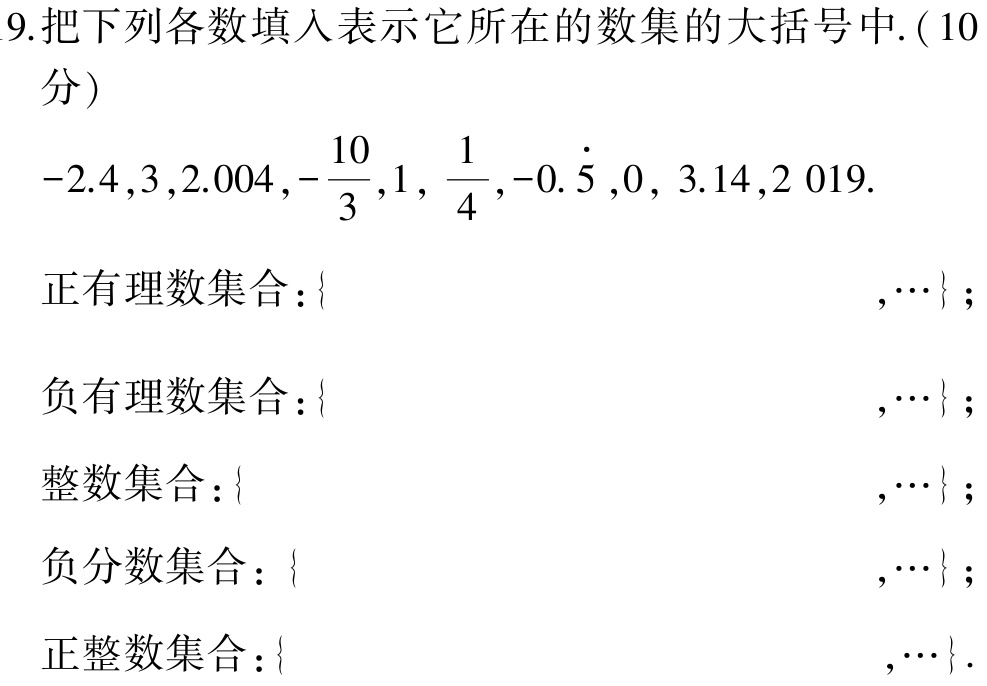
9.把下列各数填入表示它所在的数集的大括号中. ($10$分)

$-2.4,3,2.004,-\frac{10}{3},1,\frac{1}{4},-0.\dot{5},0,3.14,2019.$

正有理数集合：\{  ,\cdots\} ；

负有理数集合：\{  ,\cdots\} ；

整数集合：\{  ,\cdots\} ；

负分数集合：\{  ,\cdots\} ；

正整数集合：\{  ,\cdots\}.